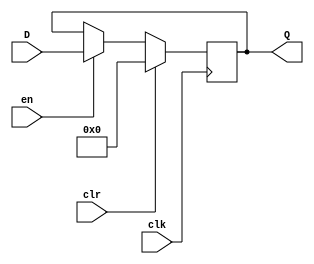
`timescale 1ns/10ps
module genReg(
	output reg [31:0] Q,
	input [31:0] D,
	input en, clr, clk
);
	initial Q = 0;
	always @(posedge clk)
	begin
		if(clr)
			Q[31:0] = 32'b0;
		else if(en)
			Q[31:0] = D[31:0];
	end
endmodule